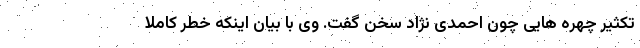
تکثیر چهره هایی چون احمدی نژاد سخن گفت. وی با بیان اینکه خطر کاملا